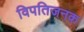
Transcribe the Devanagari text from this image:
विपतिजनक